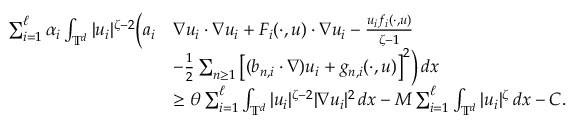
\begin{array} { r l } { \sum _ { i = 1 } ^ { \ell } \alpha _ { i } \int _ { { \mathbb T } ^ { d } } | u _ { i } | ^ { \zeta - 2 } \Big ( a _ { i } } & { \nabla u _ { i } \cdot \nabla u _ { i } + F _ { i } ( \cdot , u ) \cdot \nabla u _ { i } - \frac { u _ { i } f _ { i } ( \cdot , u ) } { \zeta - 1 } } \\ & { - \frac 1 2 \sum _ { n \geq 1 } \big [ ( b _ { n , i } \cdot \nabla ) u _ { i } + g _ { n , i } ( \cdot , u ) \big ] ^ { 2 } \Big ) \, d x } \\ & { \geq \theta \sum _ { i = 1 } ^ { \ell } \int _ { { \mathbb T } ^ { d } } | u _ { i } | ^ { \zeta - 2 } | \nabla u _ { i } | ^ { 2 } \, d x - M \sum _ { i = 1 } ^ { \ell } \int _ { { \mathbb T } ^ { d } } | u _ { i } | ^ { \zeta } \, d x - C . } \end{array}